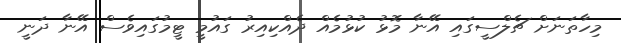
މިހާތަނަށް ޗެލްސީގައި އޭނާ މޮޅު ކުޅުމެއް ދެއްކިއިރު ގައުމީ ޓީމުގައިވެސް އޭނާ ދަނީ